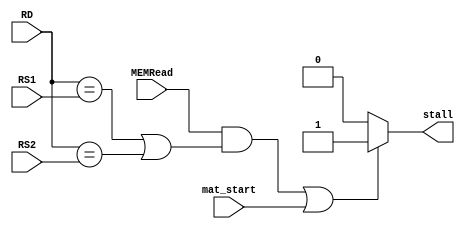
module HAZARD_DETECTION
(
    input           MEMRead         ,
    input   [4:0]   RD              ,
    input   [4:0]   RS1             ,
    input   [4:0]   RS2             ,
    input           mat_start       ,
    
    output          stall                            
);

    reg             stall_r;
    always @ (*) 
    begin
        stall_r = 1'b0;
        
        //When Load instruction use
        if (((MEMRead == 1'b1) && {(RD == RS1) || (RD == RS2)}) || mat_start) begin
            stall_r = 1'b1;
        end 
    end

    assign stall = stall_r;

endmodule